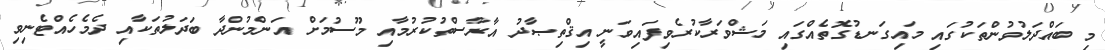
މި ބައްދަލުވުންތަކުގައި މައިގަނޑުގޮތެއްގައި މަޝްވަރާކުރެވިފައިވަނީ އިޤްތިޞާދު އާރާސްތުކުރުމާއި މޫސުމަށް އަންމުންދާ ބަދަލުތަކާއި ދެމެހެއްޓެނިވި